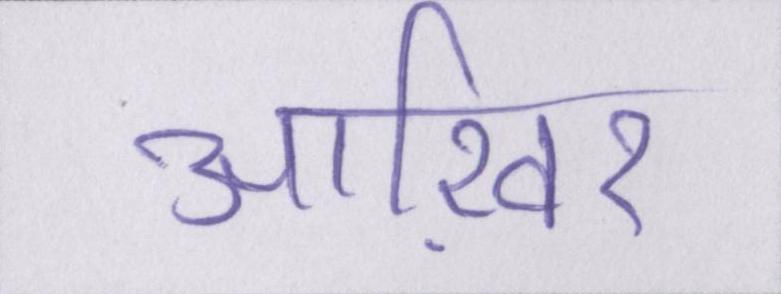
आख़िर